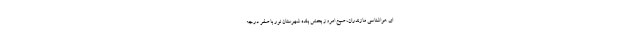
ای هواشناسی مازندران، صبح امروز بخش بلده شهرستان نور با صفر درجه